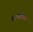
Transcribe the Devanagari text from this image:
सटमपिंग